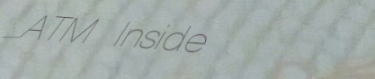
ATM Inside